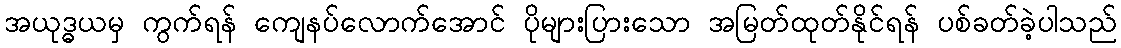
အယုဒ္ဓယမှ ကွက်ရန် ကျေနပ်လောက်အောင် ပိုများပြားသော အမြတ်ထုတ်နိုင်ရန် ပစ်ခတ်ခဲ့ပါသည်